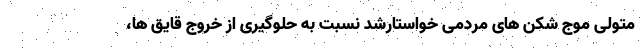
متولی موج شکن های مردمی خواستارشد نسبت به حلوگیری از خروج قایق ها،